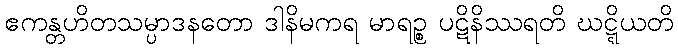
ဧကန္တဟိတသမ္ပာဒနတော ဒါနိမကရ မာရဉ္စ ပဋိနိဿရတိ ဃဋ္ဋိယတိ